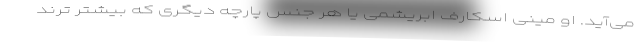
می‌آید. او مینی اسکارف ابریشمی یا هر جنس پارچه دیگری که بیشتر ترند